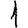
Digit: 1